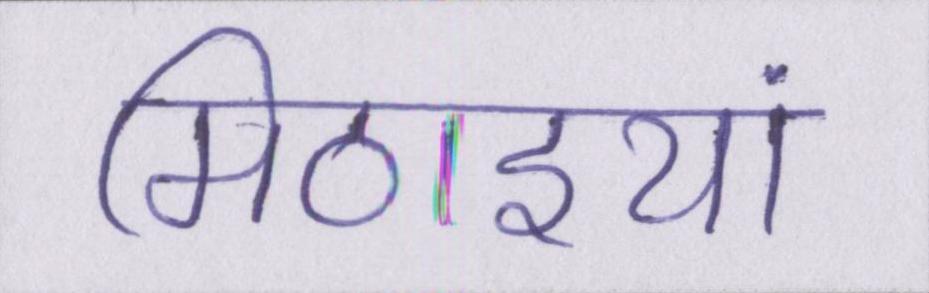
मिठाइयां